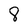
Character: 8